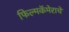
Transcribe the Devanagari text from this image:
फिल्मकॅमेराचे